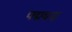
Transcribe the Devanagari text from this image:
पद्मवज्र